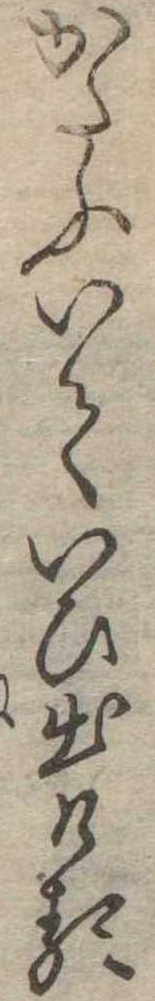
かたふいていひ出ける